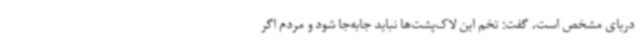
دریای مشخص است، گفت: تخم این لاک‌پشت‌ها نباید جابه‌جا شود و مردم اگر